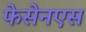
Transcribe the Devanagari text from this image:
फेसेनएस